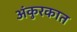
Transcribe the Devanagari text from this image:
अंकुरकात